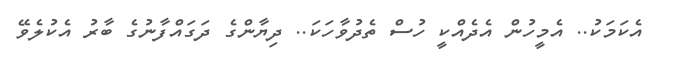
އެކަމަކު.. އެމީހުން އެދެއްކީ ހުސް ތެދުވާހަކަ.. ދިޔާންގެ ދަގައްފާނުގެ ބާރު އެކުލެވޭ